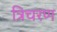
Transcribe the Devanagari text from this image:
त्रिचरण